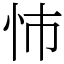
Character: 㤄